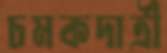
চমকদাত্রী